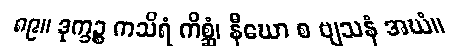
၈၉။ ဒုက္ခဉ္စ ကသိရံ ကိစ္ဆံ၊ နီဃော စ ဗျသနံ အဃံ။